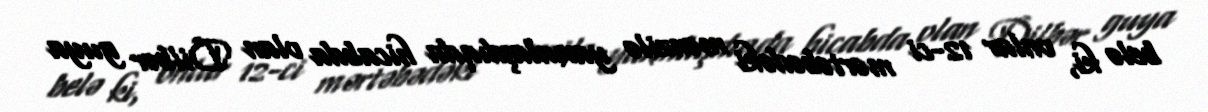
belə ki, onlar 12-ci mərtəbədəki mənzilə yaxınlaşdıqda hicabda olan Dilbər guya